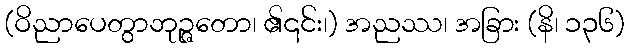
(ဝိညာပေတွာဘုဉ္ဇတော၊ ၏၎င်း၊) အညဿ၊ အခြား (နိ၊ ၁၃၆)